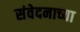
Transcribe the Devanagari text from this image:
संवेदनाच्या